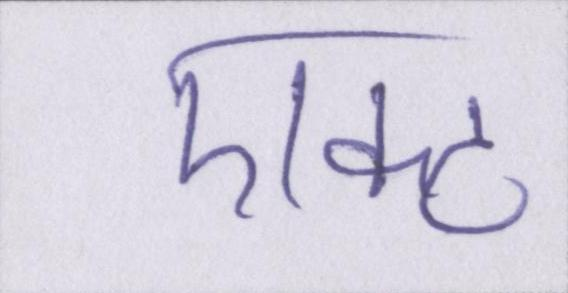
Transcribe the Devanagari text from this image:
एक्ट